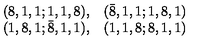
\begin{array} { r r } { ( 8 , 1 , 1 ; 1 , 1 , 8 ) , } & { ( { \bar { 8 } } , 1 , 1 ; 1 , 8 , 1 ) } \\ { ( 1 , 8 , 1 ; { \bar { 8 } } , 1 , 1 ) , } & { ( 1 , 1 , 8 ; 8 , 1 , 1 ) } \\ \end{array}